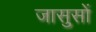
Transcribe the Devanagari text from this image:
जासुसों